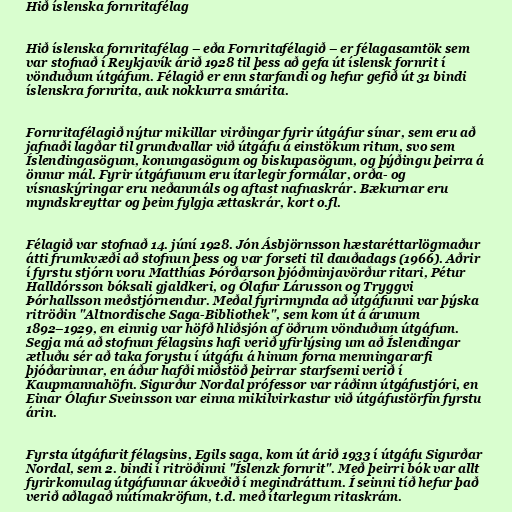
Hið íslenska fornritafélag

Hið íslenska fornritafélag – eða Fornritafélagið – er félagasamtök sem
var stofnað í Reykjavík árið 1928 til þess að gefa út íslensk fornrit í
vönduðum útgáfum. Félagið er enn starfandi og hefur gefið út 31 bindi
íslenskra fornrita, auk nokkurra smárita.

Fornritafélagið nýtur mikillar virðingar fyrir útgáfur sínar, sem eru að
jafnaði lagðar til grundvallar við útgáfu á einstökum ritum, svo sem
Íslendingasögum, konungasögum og biskupasögum, og þýðingu þeirra á
önnur mál. Fyrir útgáfunum eru ítarlegir formálar, orða- og
vísnaskýringar eru neðanmáls og aftast nafnaskrár. Bækurnar eru
myndskreyttar og þeim fylgja ættaskrár, kort o.fl.

Félagið var stofnað 14. júní 1928. Jón Ásbjörnsson hæstaréttarlögmaður
átti frumkvæði að stofnun þess og var forseti til dauðadags (1966). Aðrir
í fyrstu stjórn voru Matthías Þórðarson þjóðminjavörður ritari, Pétur
Halldórsson bóksali gjaldkeri, og Ólafur Lárusson og Tryggvi
Þórhallsson meðstjórnendur. Meðal fyrirmynda að útgáfunni var þýska
ritröðin "Altnordische Saga-Bibliothek", sem kom út á árunum
1892–1929, en einnig var höfð hliðsjón af öðrum vönduðum útgáfum.
Segja má að stofnun félagsins hafi verið yfirlýsing um að Íslendingar
ætluðu sér að taka forystu í útgáfu á hinum forna menningararfi
þjóðarinnar, en áður hafði miðstöð þeirrar starfsemi verið í
Kaupmannahöfn. Sigurður Nordal prófessor var ráðinn útgáfustjóri, en
Einar Ólafur Sveinsson var einna mikilvirkastur við útgáfustörfin fyrstu
árin.

Fyrsta útgáfurit félagsins, Egils saga, kom út árið 1933 í útgáfu Sigurðar
Nordal, sem 2. bindi í ritröðinni "Íslenzk fornrit". Með þeirri bók var allt
fyrirkomulag útgáfunnar ákveðið í megindráttum. Í seinni tíð hefur það
verið aðlagað nútímakröfum, t.d. með ítarlegum ritaskrám.